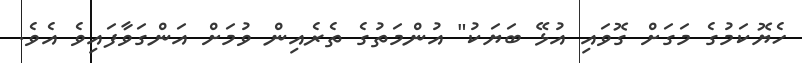
ހެޔޮކަމުގެ މަގަށް ގޮވައި އުޅޭ ބަޔަކު" އުންމަތުގެ ތެރެއިން ވުމަށް އަންގަވާފައިވެ އެވެ.